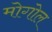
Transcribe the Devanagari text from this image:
मोगोल